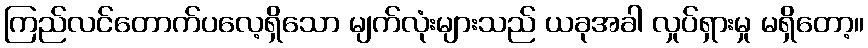
ကြည်လင်တောက်ပလေ့ရှိသော မျက်လုံးများသည် ယခုအခါ လှုပ်ရှားမှု မရှိတော့။